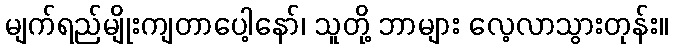
မျက်ရည်မျိုးကျတာပေါ့နော်၊ သူတို့ ဘာများ လေ့လာသွားတုန်း။